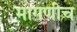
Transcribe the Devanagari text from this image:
मागणीच